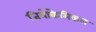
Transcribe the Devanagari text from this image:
जियोकेमिकल